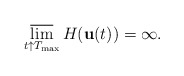
\begin{align*}\varlimsup_{t\uparrow T_{\max}} H({\bf u}(t)) = \infty.\end{align*}